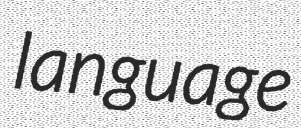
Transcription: language